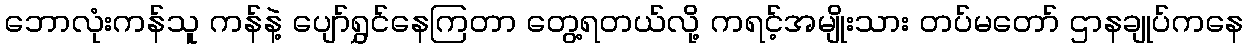
ဘောလုံးကန်သူ ကန်နဲ့ ပျော်ရွှင်နေကြတာ တွေ့ရတယ်လို့ ကရင့်အမျိုးသား တပ်မတော် ဌာနချုပ်ကနေ